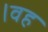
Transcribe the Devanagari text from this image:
।वह